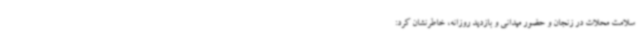
سلامت محلات در زنجان و حضور میدانی و بازدید روزانه، خاطرنشان کرد: